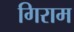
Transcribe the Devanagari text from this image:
गिराम